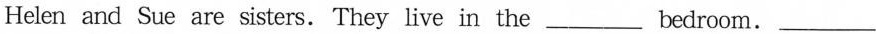
Helen and Sue are sisters.They live in the___ bedroom.___